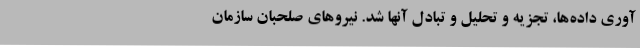
آوری داده‌ها، تجزیه و تحلیل و تبادل آنها شد. نیروهای صلحبان سازمان